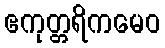
ဧကုတ္တရိကမေဝ